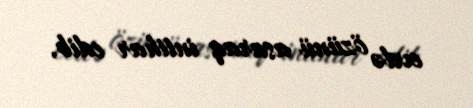
evdə özünü asaraq intihar edib.